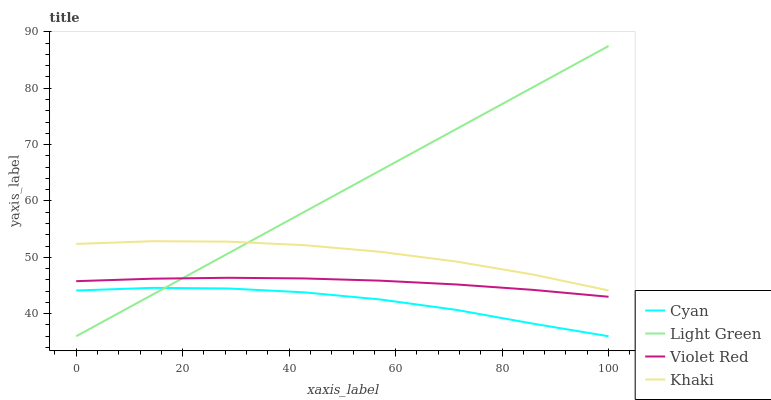
| xaxis_label | Cyan | Light Green | Violet Red | Khaki |
 | --- | --- | --- | --- | --- |
 | 0 | 44.1 | 36 | 45.8 | 52.4 |
 | 14.3 | 44.6 | 43.4 | 46.2 | 52.9 |
 | 28.6 | 44.5 | 50.7 | 46.4 | 52.8 |
 | 42.9 | 43.8 | 58.1 | 46.3 | 52.2 |
 | 57.1 | 42.5 | 65.4 | 45.9 | 51 |
 | 71.4 | 40.7 | 72.8 | 45.2 | 49.2 |
 | 85.7 | 38.3 | 80.1 | 44.2 | 47 |
 | 100 | 36 | 87.5 | 43 | 44.1 |